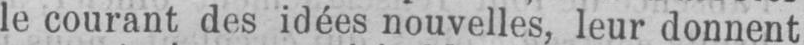
le courant des idées nouvelles, leur donnent